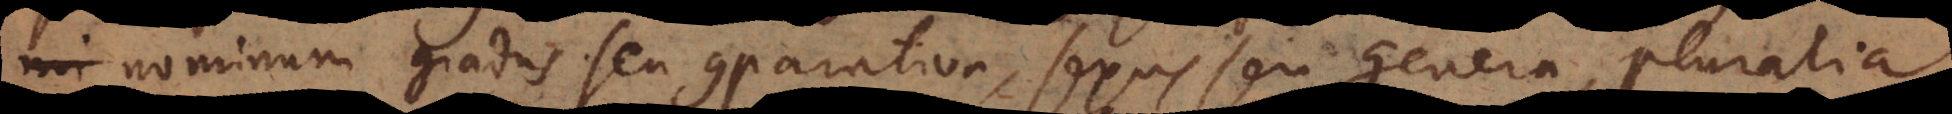
m gradus seu comparativa, sexus seu genera, pluralia